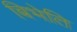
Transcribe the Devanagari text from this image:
बिभेति